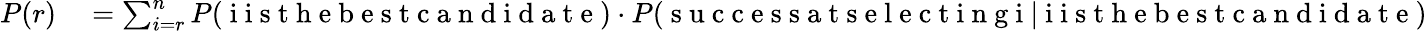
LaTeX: \begin{array}{rl}{P(r)}&{{}=\sum_{i=r}^{n}P(\mathrm{~i~i~s~t~h~e~b~e~s~t~c~a~n~d~i~d~a~t~e~})\cdot P(\mathrm{~s~u~c~c~e~s~s~a~t~s~e~l~e~c~t~i~n~g~i~}|\mathrm{~i~i~s~t~h~e~b~e~s~t~c~a~n~d~i~d~a~t~e~})}\end{array}